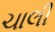
ચાલી